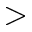
>